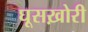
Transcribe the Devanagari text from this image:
घूसख़ोरी